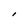
Character: I